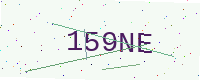
Text: 159NE